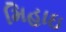
મિહાઇ